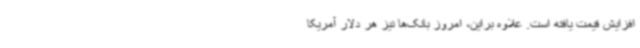
افزایش قیمت یافته است. علاوه براین، امروز بانک‌ها نیز هر دلار آمریکا